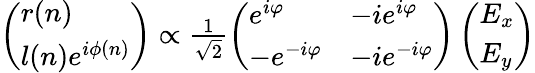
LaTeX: \begin{array}{r}{\left(\begin{array}{l}{r(n)}\\ {l(n)e^{i\phi(n)}}\end{array}\right)\propto\frac{1}{\sqrt{2}}\left(\begin{array}{ll}{e^{i\varphi}}&{-ie^{i\varphi}}\\ {-e^{-i\varphi}}&{-ie^{-i\varphi}}\end{array}\right)\left(\begin{array}{l}{E_{x}}\\ {E_{y}}\end{array}\right)}\end{array}